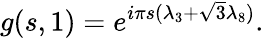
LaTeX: g(s,1)=e^{i{\pi}s({\lambda}_{3}+{\sqrt{3}}{\lambda}_{8})}.